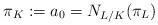
LaTeX: \begin{align*} \pi_K:=a_0=N_{L/K}(\pi_L)\end{align*}